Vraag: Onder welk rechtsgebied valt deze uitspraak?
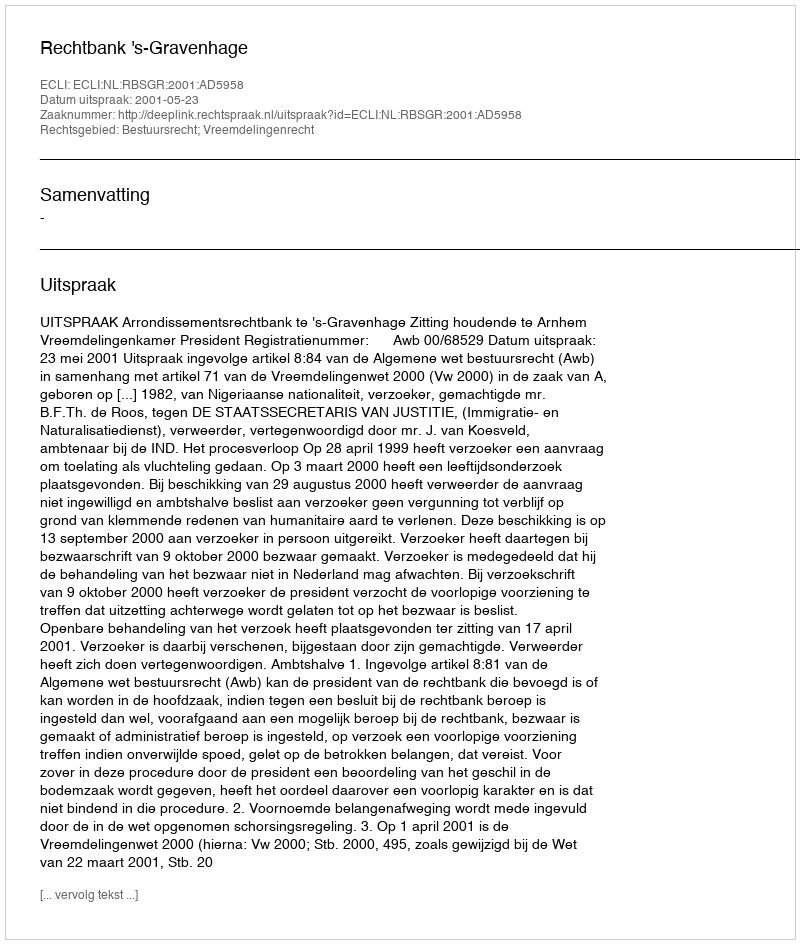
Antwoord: Bestuursrecht; Vreemdelingenrecht